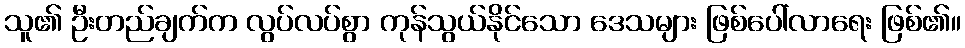
သူ၏ ဦးတည်ချက်က လွပ်လပ်စွာ ကုန်သွယ်နိုင်သော ဒေသများ ဖြစ်ပေါ်လာရေး ဖြစ်၏။